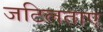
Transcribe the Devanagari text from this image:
जटिलताए